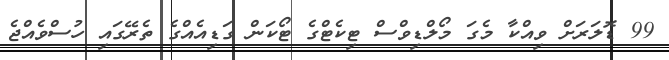
99 ޑޮލަރަށް ވިއްކާ މެގަ މޯލްޑިވްސް ޓިކެޓްގެ ޓޯކަން ގަޑިއެއްގެ ތެރޭގައި ހުސްވެއްޖެ